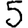
Digit: 5